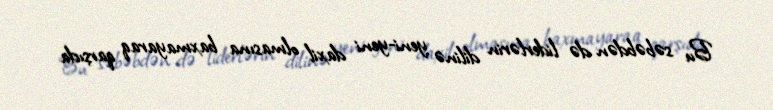
Bu səbəbdən də liderlərin dilinə yeni-yeni daxil olmasına baxmayaraq qarşıda